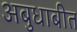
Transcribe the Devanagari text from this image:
अबुधाबीत